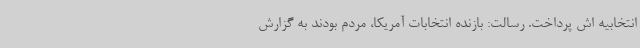
انتخابیه اش پرداخت. رسالت: بازنده انتخابات آمریکا، مردم بودند به گزارش